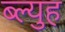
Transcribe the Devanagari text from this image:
ब्ल्युह